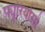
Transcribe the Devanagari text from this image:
फ्यूरियोसो